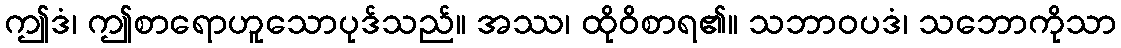
ဤဒံ၊ ဤစာရောဟူသောပုဒ်သည်။ အဿ၊ ထိုဝိစာရ၏။ သဘာဝပဒံ၊ သဘောကိုသာ